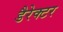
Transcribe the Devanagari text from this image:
डैरेक्टर